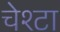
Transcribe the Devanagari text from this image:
चेश्टा